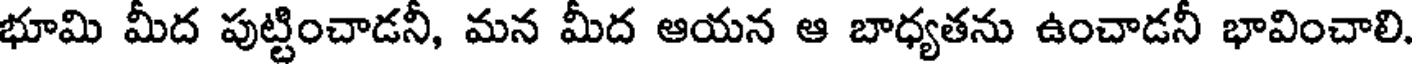
భూమి మీద పుట్టించాడనీ, మన మీద ఆయన ఆ బాధ్యతను ఉంచాడనీ భావించాలి